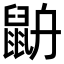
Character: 𪕄